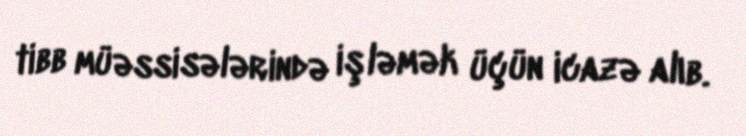
tibb müəssisələrində işləmək üçün icazə alıb.